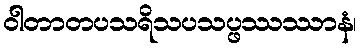
ဝါတာတပသရိသပသပ္ဖဿဿာနံ၊